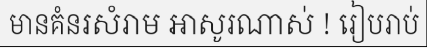
មានគំនរសំរាម អាសូរណាស់ ! រៀបរាប់